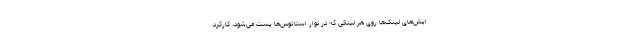
ایش‌های لینک‌ها روی هر لینکی که در نوار استاتوس‌ها پست می‌شود، کارکرد